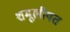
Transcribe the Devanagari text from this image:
शमूलीयत